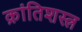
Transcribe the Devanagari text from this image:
क्रांतिशस्त्र